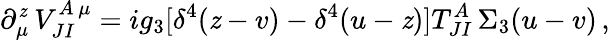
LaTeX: \partial_{\mu}^{\mathit{z}}\, V_{JI}^{A\, \mu}=ig_{3}[\delta^{4}(\mathit{z}-v)-\delta^{4}(u-\mathit{z})]T_{JI}^{A}\, \Sigma_{3}(u-v)\, ,